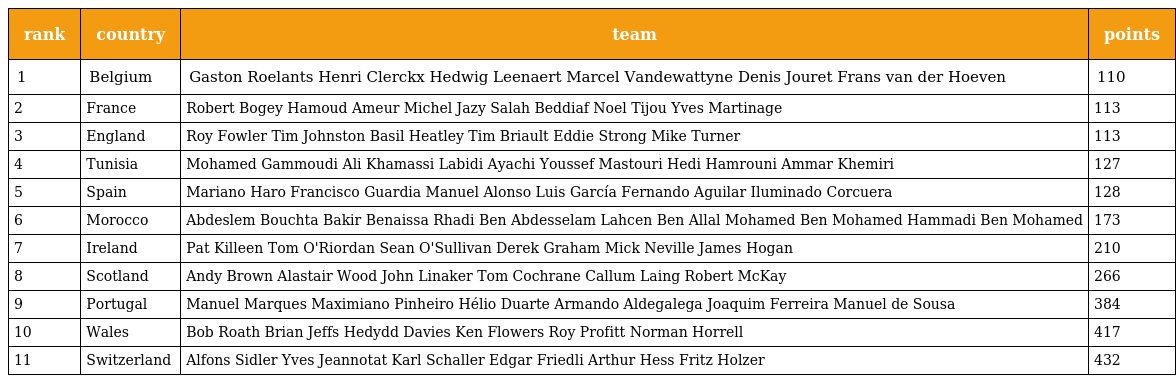
| rank | country | team | points |
 | --- | --- | --- | --- |
 | 1 | Belgium | Gaston Roelants Henri Clerckx Hedwig Leenaert Marcel Vandewattyne Denis Jouret Frans van der Hoeven | 110 |
 | 2 | France | Robert Bogey Hamoud Ameur Michel Jazy Salah Beddiaf Noel Tijou Yves Martinage | 113 |
 | 3 | England | Roy Fowler Tim Johnston Basil Heatley Tim Briault Eddie Strong Mike Turner | 113 |
 | 4 | Tunisia | Mohamed Gammoudi Ali Khamassi Labidi Ayachi Youssef Mastouri Hedi Hamrouni Ammar Khemiri | 127 |
 | 5 | Spain | Mariano Haro Francisco Guardia Manuel Alonso Luis García Fernando Aguilar Iluminado Corcuera | 128 |
 | 6 | Morocco | Abdeslem Bouchta Bakir Benaissa Rhadi Ben Abdesselam Lahcen Ben Allal Mohamed Ben Mohamed Hammadi Ben Mohamed | 173 |
 | 7 | Ireland | Pat Killeen Tom O'Riordan Sean O'Sullivan Derek Graham Mick Neville James Hogan | 210 |
 | 8 | Scotland | Andy Brown Alastair Wood John Linaker Tom Cochrane Callum Laing Robert McKay | 266 |
 | 9 | Portugal | Manuel Marques Maximiano Pinheiro Hélio Duarte Armando Aldegalega Joaquim Ferreira Manuel de Sousa | 384 |
 | 10 | Wales | Bob Roath Brian Jeffs Hedydd Davies Ken Flowers Roy Profitt Norman Horrell | 417 |
 | 11 | Switzerland | Alfons Sidler Yves Jeannotat Karl Schaller Edgar Friedli Arthur Hess Fritz Holzer | 432 |